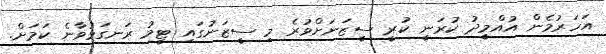
އަހަރުމެން އުއްމީދު ކުރަނީ ކުރީ ސީޒަނަށްވުރެ މި ސީޒަނުގައި ޓީމު ރަނގަޅުވާނެ ކަމަށް.